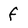
Character: f